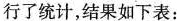
行了统计，结果如下表：